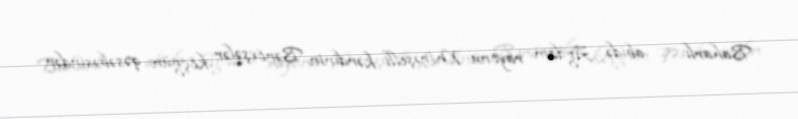
Baharlı — abidə Ağdam rayonu Mirəşelli kəndinin Bənövşələr köçgün qəsəbəsindən